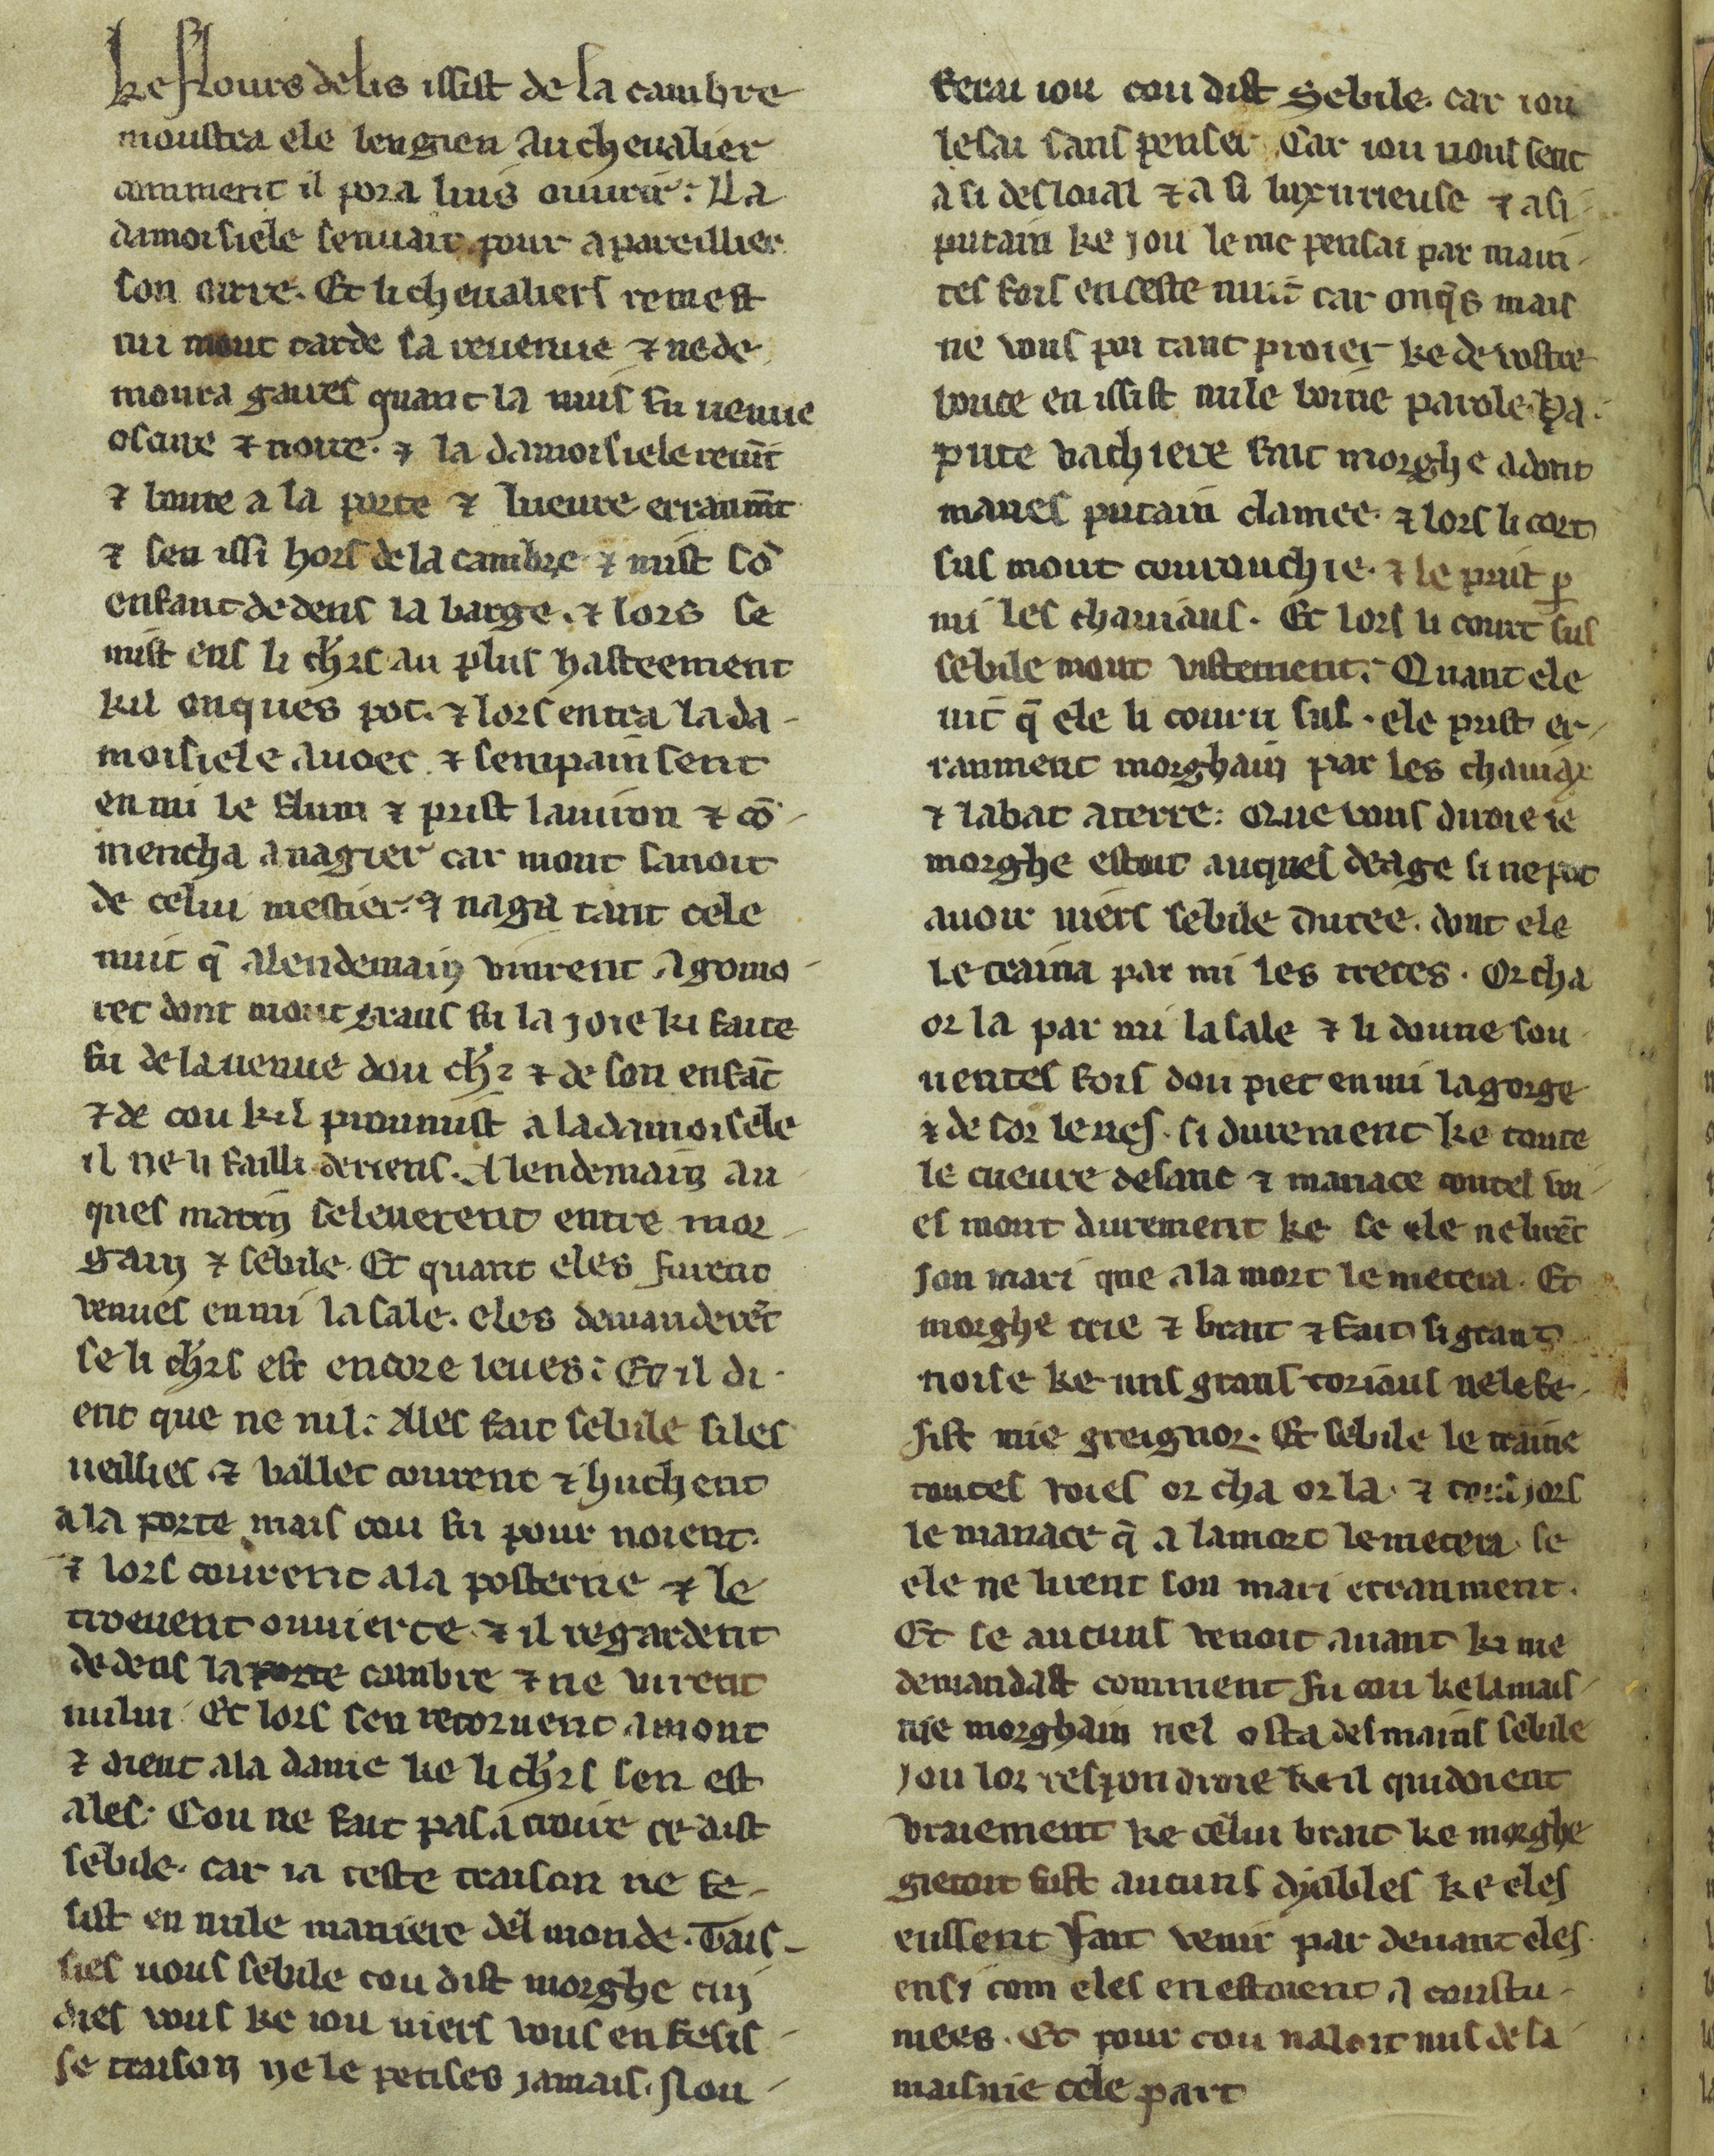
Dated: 1300–1330